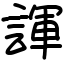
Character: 諢